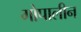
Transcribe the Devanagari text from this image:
गोपालीन